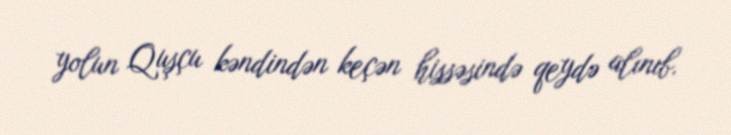
yolun Quşçu kəndindən keçən hissəsində qeydə alınıb.